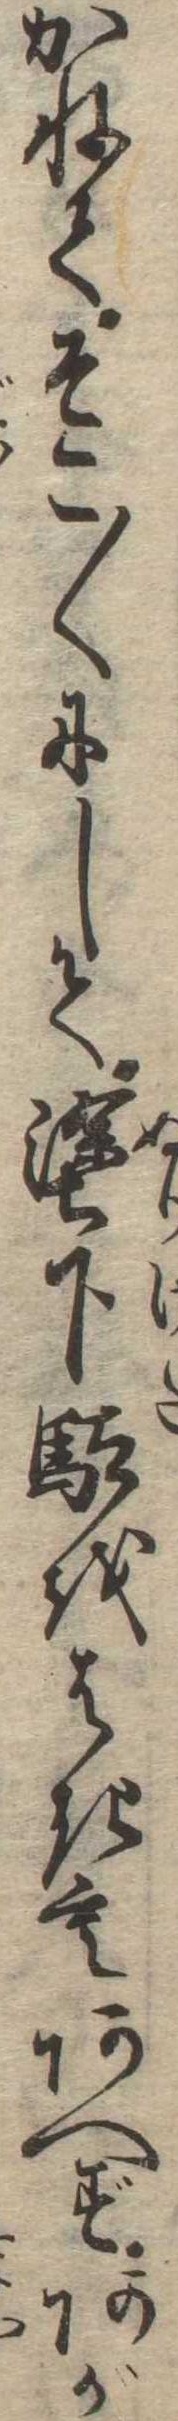
かねてそこ〱にして塗下駄をはきもあへずあが